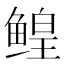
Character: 鳇